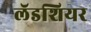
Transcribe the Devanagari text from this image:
लॅडशियर